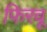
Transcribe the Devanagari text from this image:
फिरवू